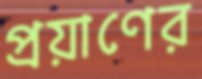
প্রয়াণের